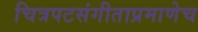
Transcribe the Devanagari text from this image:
चित्रपटसंगीताप्रमाणेच